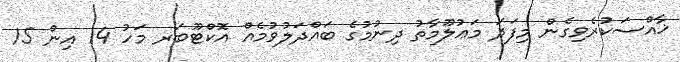
ޚާއްސަކުރެވިގެން މިފަދަ މަޢުލޫމާތު ދިނުމުގެ ބައްދަލުވުމެއް އޮކްޓޫބަރ މަހު 14 އިން 15